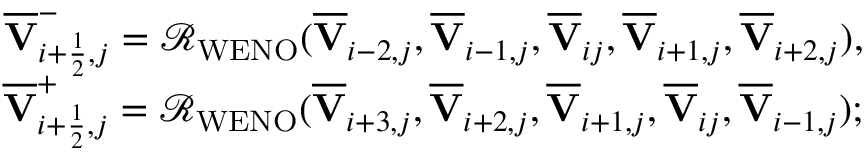
\begin{array} { r } { \overline { { \mathbf { V } } } _ { i + \frac { 1 } { 2 } , j } ^ { - } = \mathcal { R } _ { \mathrm { W E N O } } ( \overline { { \mathbf { V } } } _ { i - 2 , j } , \overline { { \mathbf { V } } } _ { i - 1 , j } , \overline { { \mathbf { V } } } _ { i j } , \overline { { \mathbf { V } } } _ { i + 1 , j } , \overline { { \mathbf { V } } } _ { i + 2 , j } ) , } \\ { \overline { { \mathbf { V } } } _ { i + \frac { 1 } { 2 } , j } ^ { + } = \mathcal { R } _ { \mathrm { W E N O } } ( \overline { { \mathbf { V } } } _ { i + 3 , j } , \overline { { \mathbf { V } } } _ { i + 2 , j } , \overline { { \mathbf { V } } } _ { i + 1 , j } , \overline { { \mathbf { V } } } _ { i j } , \overline { { \mathbf { V } } } _ { i - 1 , j } ) ; } \end{array}